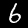
Digit: 6